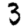
Digit: 3